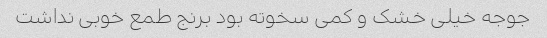
جوجه خیلی خشک و کمی سخوته بود برنج طمع خوبی نداشت